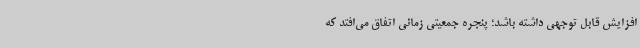
افزایش قابل توجهی داشته باشد؛ پنجره جمعیتی زمانی اتفاق می‌افتد که